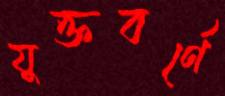
যুক্তবর্ণে